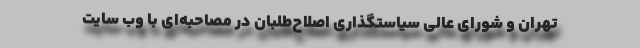
تهران و شورای عالی سیاستگذاری اصلاح‌طلبان در مصاحبه‌ای با وب سایت